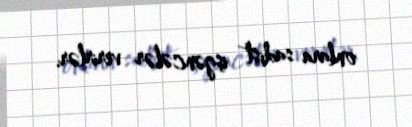
onlara sadist işgəncələr verirlər.